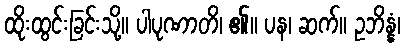
ထိုးထွင်းခြင်းသို့။ ပါပုဏာတိ၊ ၏။ ပန၊ ဆက်။ ဥဘိန္နံ၊